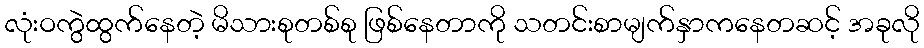
လုံးဝကွဲထွက်နေတဲ့ မိသားစုတစ်စု ဖြစ်နေတာကို သတင်းစာမျက်နှာကနေတဆင့် အခုလို